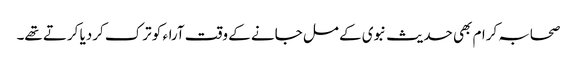
صحابہ کرام بھی حدیث نبوی کے مل جانے کے وقت آراء کو ترک کردیا کرتے تھے۔